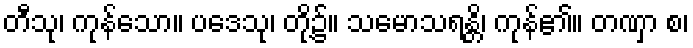
တီသု၊ ကုန်သော။ ပဒေသု၊ တို့၌။ သမောသရန္တိ၊ ကုန်၏။ တဏှာ စ၊